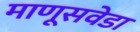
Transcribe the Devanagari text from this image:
माणूसवेडा